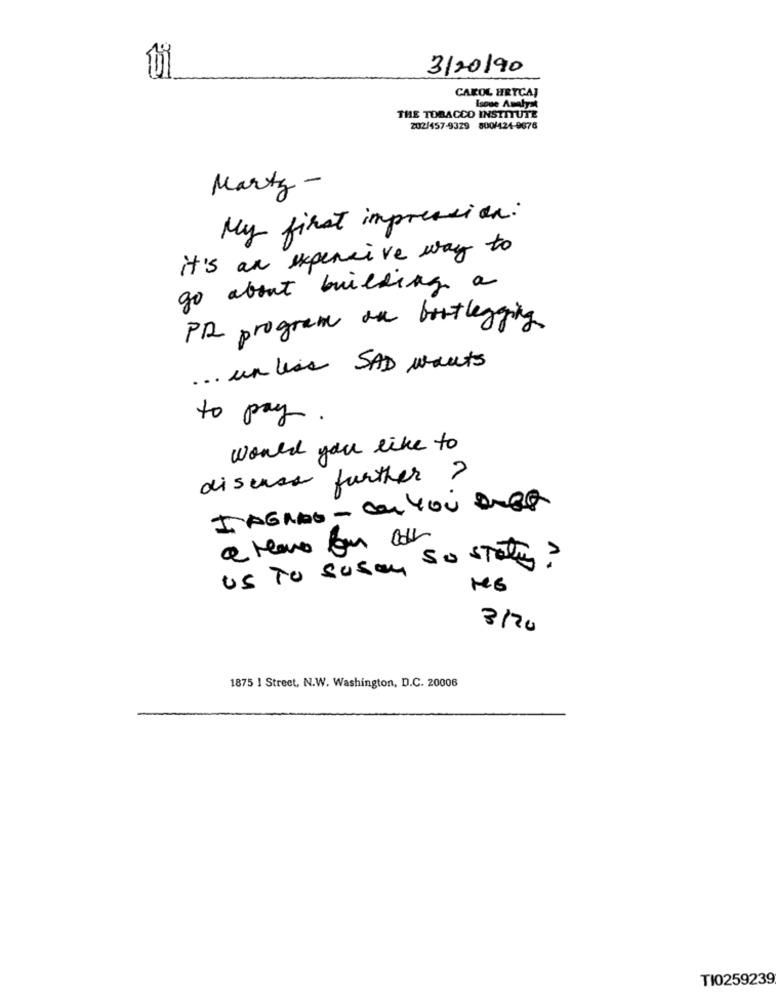
3/20/90
CAROL HRYCAJ
Isoue Analyst
THE TOBACCO INSTITUTE
202/457-9329 800/424-9676
Marty -
My first impression:
it's an expensive way to
go about building a
PR program an bortlegging
... unless SAD wants
to pay.
would you like to
discuss further ?
I AGNAS - Con YOU BURG
US To susan so state?
3/20
1875 I Street, N.W. Washington, D.C. 20006
TI0259239